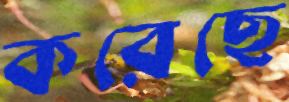
করেছে